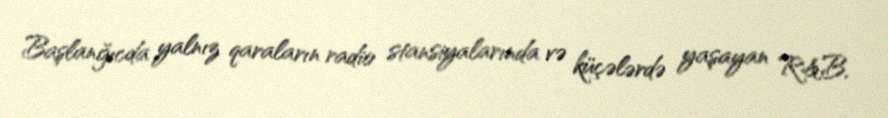
Başlanğıcda yalnız qaraların radio stansiyalarında və küçələrdə yaşayan R&B,